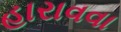
હારાવવા